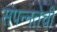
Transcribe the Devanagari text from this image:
संपन्नतेची